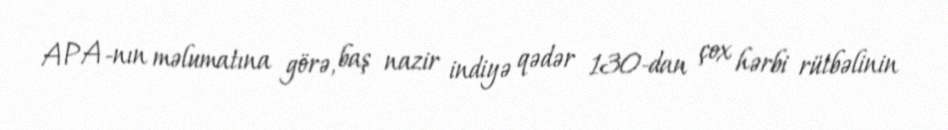
APA-nın məlumatına görə, baş nazir indiyə qədər 130-dan çox hərbi rütbəlinin